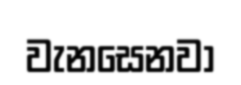
වැනසෙනවා